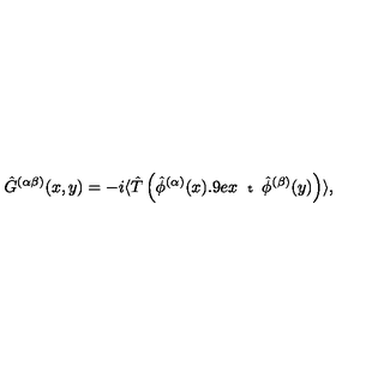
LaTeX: \hat { G } ^ { ( \alpha \beta ) } ( x , y ) = - i \langle \hat { T } \left( \hat { \phi } ^ { ( \alpha ) } ( x ) \displaystyle { \raisebox { 0 . 9 e x } { \scriptsize { t } } } \mathrm { } \hat { \phi } ^ { ( \beta ) } ( y ) \right) \rangle ,